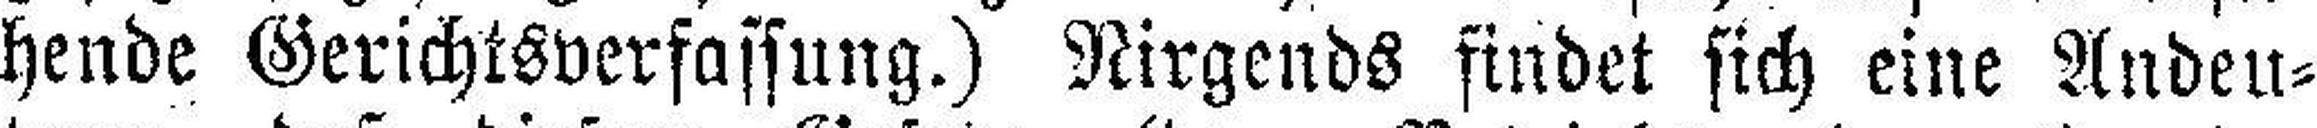
hende Gerichtsverfassung.) Nirgends findet sich eine Andeu¬